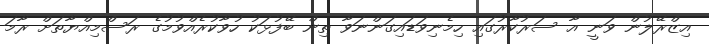
އިޒްރޭލުން ވަނީ އާ ސަރުކާރުގައި ހިމެނިވަޑައިގަންނަވާ ތިން ބޭފުޅަކު ހުވާކުރެއްވުމުގެ ރަސްމިއްޔާތަށް ރާމަ